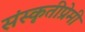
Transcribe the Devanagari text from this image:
संस्कृतीप्रेमी